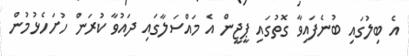
އެ ބިލުގައި ބުނެފައިވާ ގޮތުގައި ޕީޖީން އެ މައްސަލާގައި ދައުވާ ކުރަން ހުށަހެޅުމުން